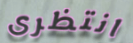
انتظرى